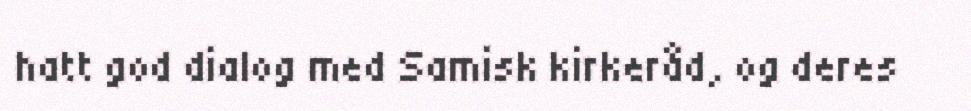
hatt god dialog med Samisk kirkeråd, og deres